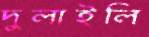
দুলাইলি